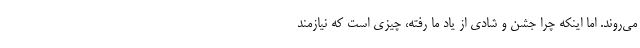
می‌روند. اما اینکه چرا جشن و شادی از یاد ما رفته، چیزی است که نیازمند